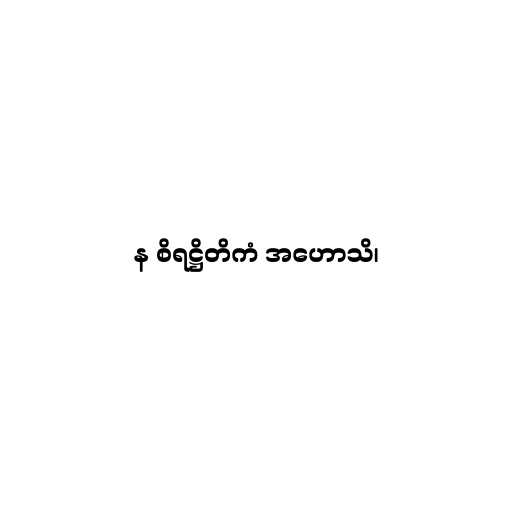
န စိရဋ္ဌိတိကံ အဟောသိ၊